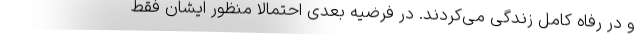
و در رفاه کامل زندگی می‌کردند. در فرضیه بعدی احتمالا منظور ایشان فقط